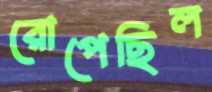
রোপেছিল